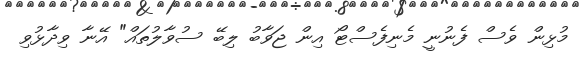
މުޅިން ވެސް ފެނުނީ މެނިފެސްޓޯ އިން ޖަވާބު ލިބޭ ސުވާލުތައް" އޭނާ ވިދާޅުވި